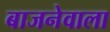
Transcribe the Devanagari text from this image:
बाजनेवाला